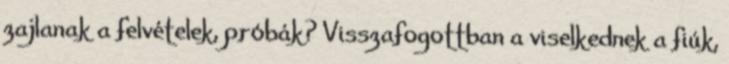
zajlanak a felvételek, próbák? Visszafogottban a viselkednek a fiúk,